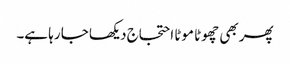
پھر بھی چھوٹا موٹا احتجاج دیکھا جا رہا ہے۔